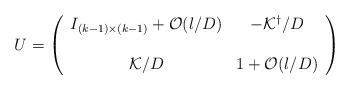
\begin{align*}U=\left( \begin{array}{cc} I_{(k-1)\times(k-1)} + {\cal O}(l/D) &-{\cal K}^\dagger/D \\ \\ {\cal K}/D & 1+{\cal O}(l/D)\end{array} \right)\end{align*}